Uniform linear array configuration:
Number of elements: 4
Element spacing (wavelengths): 0.25
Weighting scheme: hamming
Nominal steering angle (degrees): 45
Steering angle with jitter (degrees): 44.747
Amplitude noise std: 0.05
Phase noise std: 0.05

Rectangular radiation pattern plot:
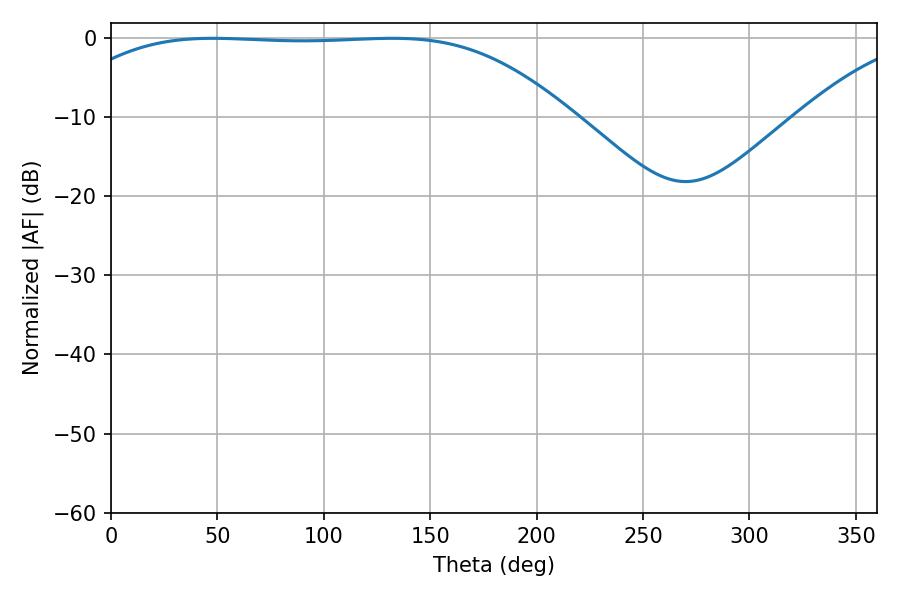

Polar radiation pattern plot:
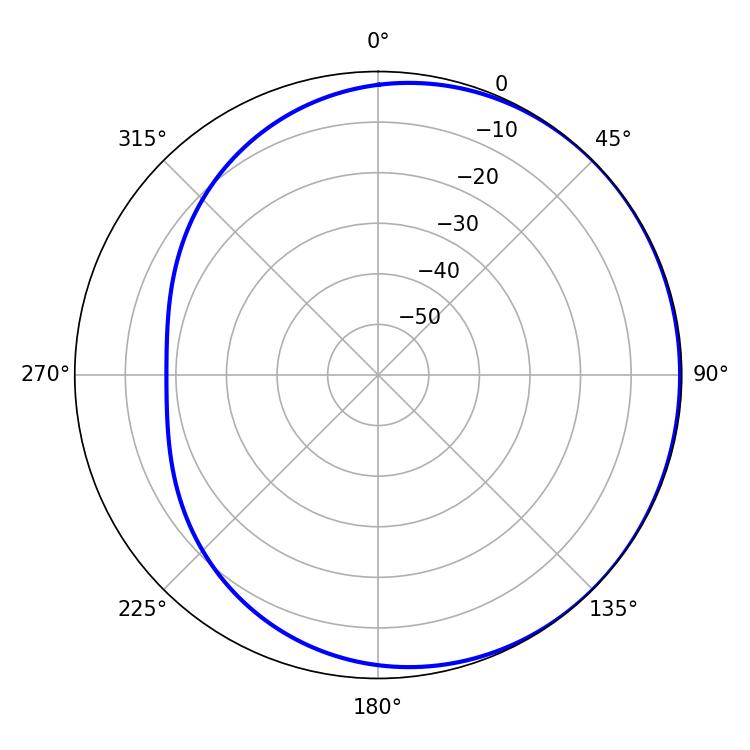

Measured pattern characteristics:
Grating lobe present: FALSE
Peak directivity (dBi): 0.6098
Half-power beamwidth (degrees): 182.88
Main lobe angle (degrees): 47.7